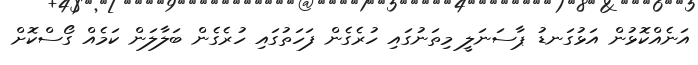
އަނެއްކޮޅުން އަޅުގަނޑު ޕާސަނަލީ މިތަނުގައި ހުރެގެން ފަހަތުގައި ހުރެގެން ބަލާލަން ކަމެއް ގޯސްކޮށް